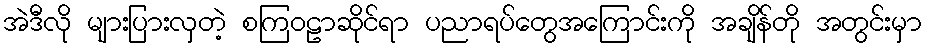
အဲဒီလို များပြားလှတဲ့ စကြဝဠာဆိုင်ရာ ပညာရပ်တွေအကြောင်းကို အချိန်တို အတွင်းမှာ